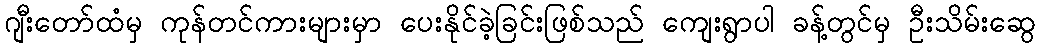
ဂျီးတော်ထံမှ ကုန်တင်ကားများမှာ ပေးနိုင်ခဲ့ခြင်းဖြစ်သည် ကျေးရွာပါ ခန့်တွင်မှ ဦးသိမ်းဆွေ